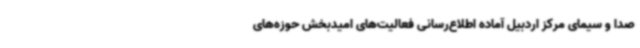
صدا و سیمای مرکز اردبیل آماده اطلاع‌رسانی فعالیت‌های امیدبخش حوزه‌های